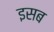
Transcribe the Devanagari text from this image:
इसब